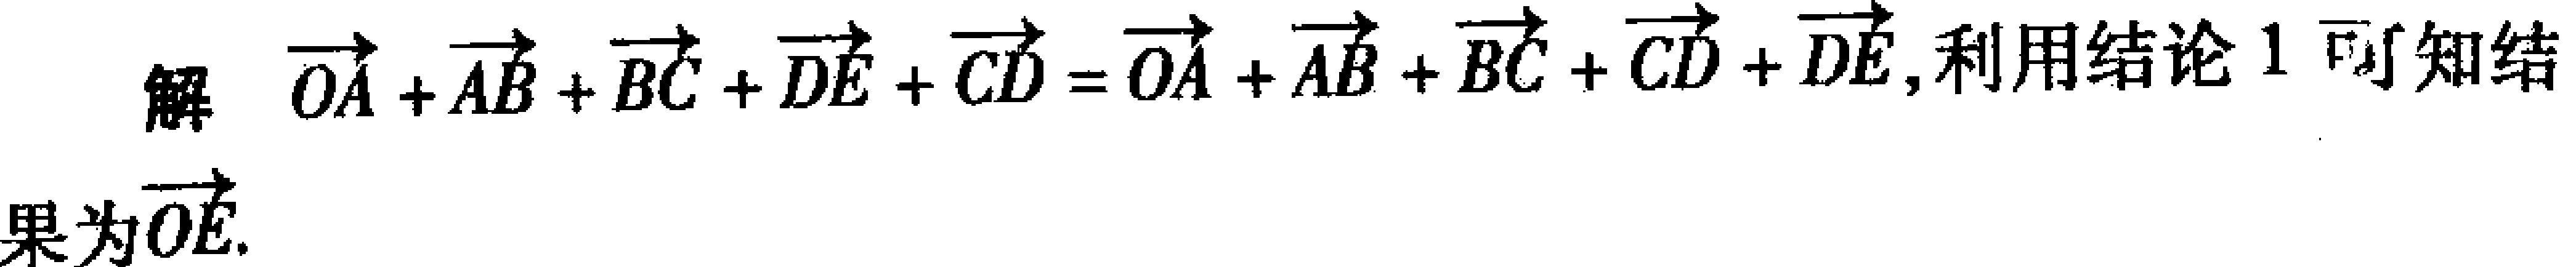
解 $\overrightarrow{OA}+\overrightarrow{AB}+\overrightarrow{BC}+\overrightarrow{DE}+\overrightarrow{CD}=\overrightarrow{OA}+\overrightarrow{AB}+\overrightarrow{BC}+\overrightarrow{CD}+\overrightarrow{DE}$, 利用结论 1 可知结
果为$\overrightarrow{OE}$.